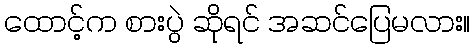
ထောင့်က စားပွဲ ဆိုရင် အဆင်ပြေမလား။